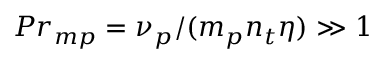
{ P r _ { m p } } = \nu _ { p } / ( m _ { p } n _ { t } \eta ) \gg 1